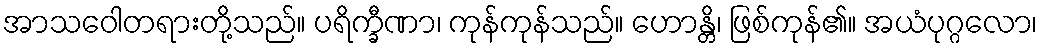
အာသဝေါတရားတို့သည်။ ပရိက္ခီဏာ၊ ကုန်ကုန်သည်။ ဟောန္တိ၊ ဖြစ်ကုန်၏။ အယံပုဂ္ဂလော၊